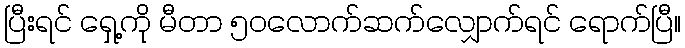
ပြီးရင် ရှေ့ကို မီတာ ၅၀လောက်ဆက်လျှောက်ရင် ရောက်ပြီ။